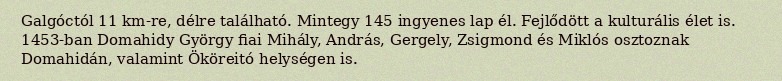
Galgóctól 11 km-re, délre található. Mintegy 145 ingyenes lap él. Fejlődött a kulturális élet is. 1453-ban Domahidy György fiai Mihály, András, Gergely, Zsigmond és Miklós osztoznak Domahidán, valamint Ököreitó helységen is.